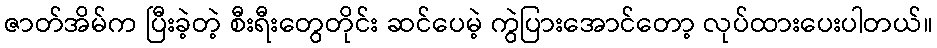
ဇာတ်အိမ်က ပြီးခဲ့တဲ့ စီးရီးတွေတိုင်း ဆင်ပေမဲ့ ကွဲပြားအောင်တော့ လုပ်ထားပေးပါတယ်။